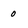
Character: o